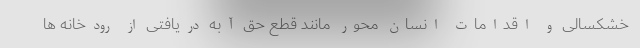
خشکسالی و اقدامات انسان محور مانند قطع حق آبه دریافتی از رودخانه ها